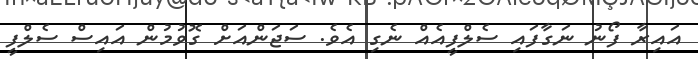
އައިރާ ފޯނު ނަގާފައި ސެލްފީއެއް ނެގި އެވެ. ސަޖަންއަށް ގޮވުމުން އައިސް ސެލްފީ